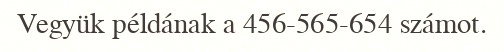
Vegyük példának a 456-565-654 számot.